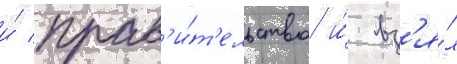
и́ прав'и́т'ельство и́ вз'я́л